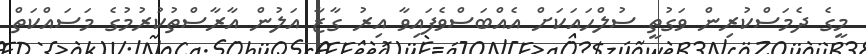
މީގެ ދެމަސްކުރިން ވަގުތީ ސުލްހައަކަށް އެއްބަސްވެފައިވާ އިރު ގާޒާ އަލުން އާރާސްތުކުރުމުގެ މަސައްކަތް